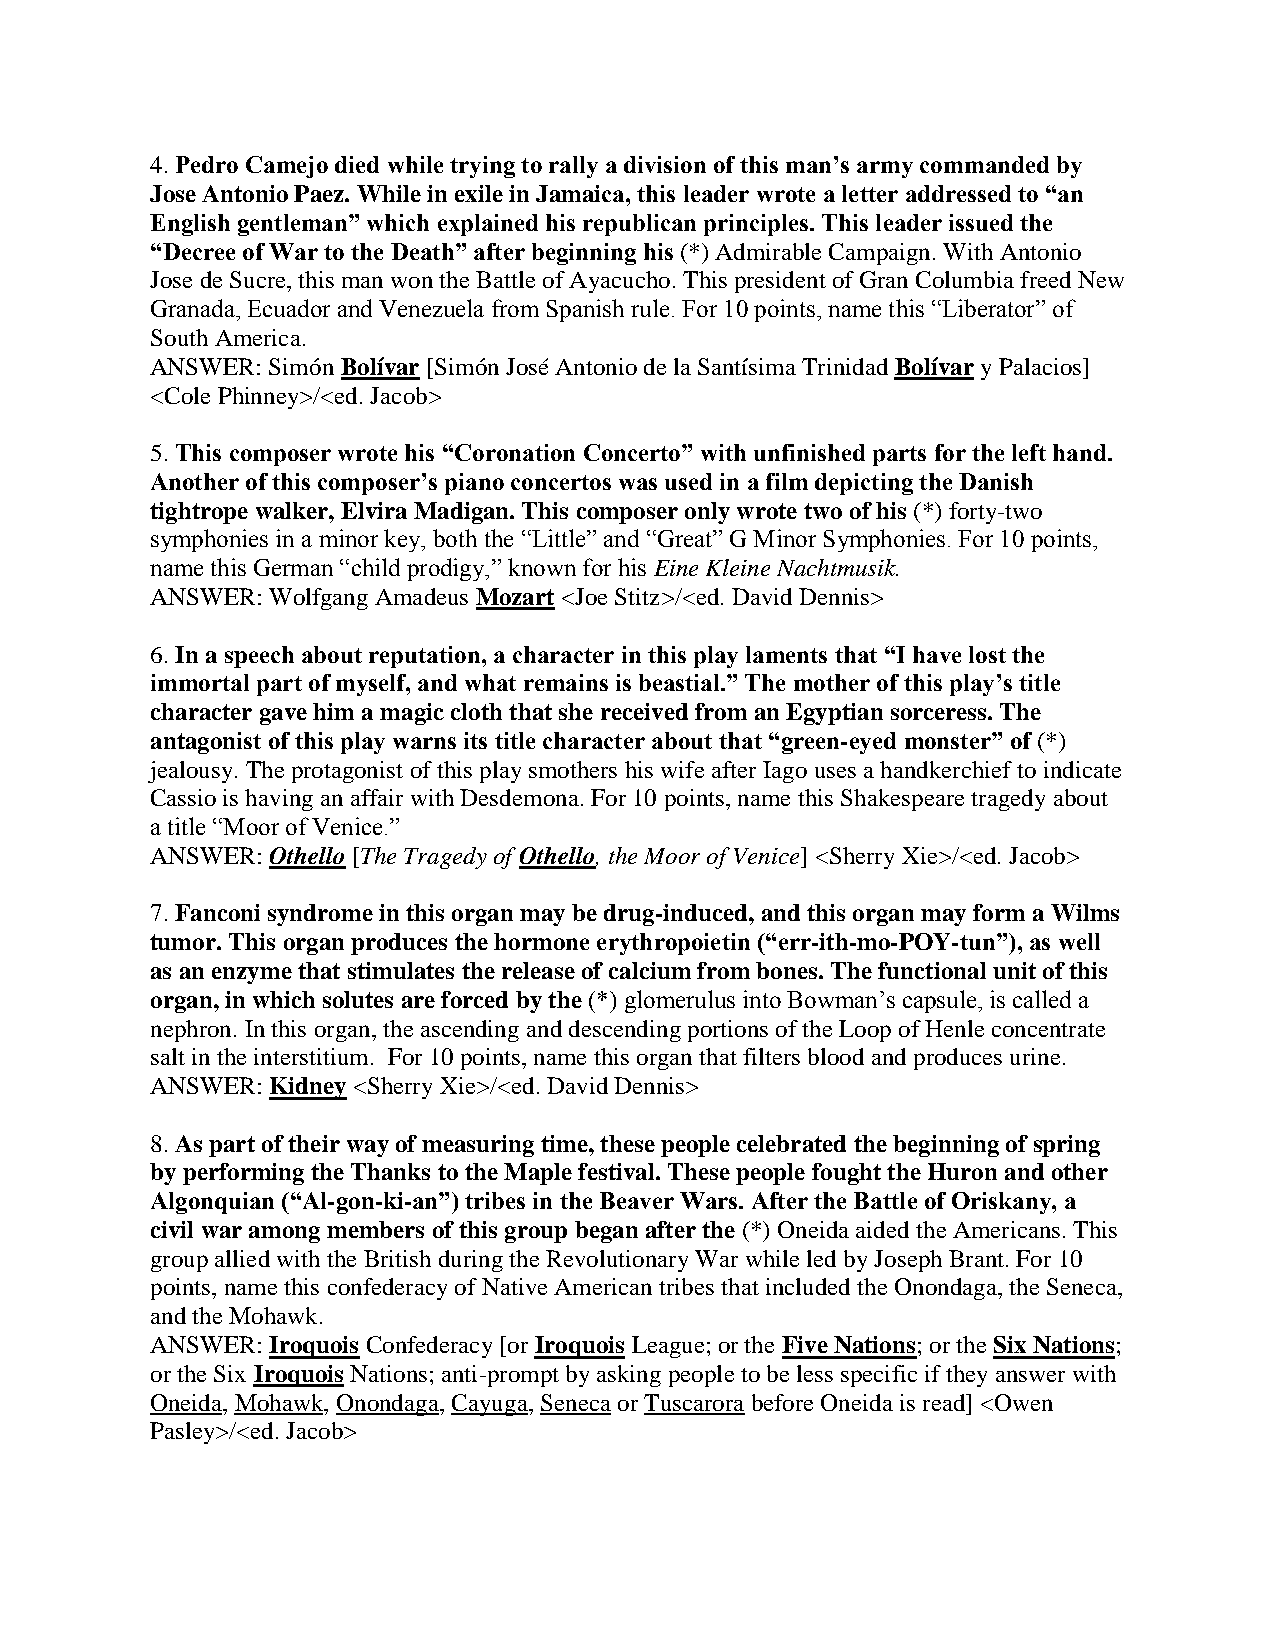
4. Pedro Camejo died while trying to rally a division of this man’s army commanded by
 Jose Antonio Paez. While in exile in Jamaica, this leader wrote a letter addressed to “an
 English gentleman” which explained his republican principles. This leader issued the
 “Decree of War to the Death” after beginning his (*) Admirable Campaign. With Antonio
 Jose de Sucre, this man won the Battle of Ayacucho. This president of Gran Columbia freed New
 Granada, Ecuador and Venezuela from Spanish rule. For 10 points, name this “Liberator” of
 South America.
 ANSWER: Simón Bolívar [Simón José Antonio de la Santísima Trinidad Bolívar y Palacios]
 <Cole Phinney>/<ed. Jacob>
 5. This composer wrote his “Coronation Concerto” with unfinished parts for the left hand.
 Another of this composer’s piano concertos was used in a film depicting the Danish
 tightrope walker, Elvira Madigan. This composer only wrote two of his (*) forty-two
 symphonies in a minor key, both the “Little” and “Great” G Minor Symphonies. For 10 points,
 name this German “child prodigy,” known for his Eine Kleine Nachtmusik.
 ANSWER: Wolfgang Amadeus Mozart <Joe Stitz>/<ed. David Dennis>
 6. In a speech about reputation, a character in this play laments that “I have lost the
 immortal part of myself, and what remains is beastial.” The mother of this play’s title
 character gave him a magic cloth that she received from an Egyptian sorceress. The
 antagonist of this play warns its title character about that “green-eyed monster” of (*)
 jealousy. The protagonist of this play smothers his wife after Iago uses a handkerchief to indicate
 Cassio is having an affair with Desdemona. For 10 points, name this Shakespeare tragedy about
 a title “Moor of Venice.”
 ANSWER: Othello [The Tragedy of Othello, the Moor of Venice] <Sherry Xie>/<ed. Jacob>
 7. Fanconi syndrome in this organ may be drug-induced, and this organ may form a Wilms
 tumor. This organ produces the hormone erythropoietin (“err-ith-mo-POY-tun”), as well
 as an enzyme that stimulates the release of calcium from bones. The functional unit of this
 organ, in which solutes are forced by the (*) glomerulus into Bowman’s capsule, is called a
 nephron. In this organ, the ascending and descending portions of the Loop of Henle concentrate
 salt in the interstitium. For 10 points, name this organ that filters blood and produces urine.
 ANSWER: Kidney <Sherry Xie>/<ed. David Dennis>
 8. As part of their way of measuring time, these people celebrated the beginning of spring
 by performing the Thanks to the Maple festival. These people fought the Huron and other
 Algonquian (“Al-gon-ki-an”) tribes in the Beaver Wars. After the Battle of Oriskany, a
 civil war among members of this group began after the (*) Oneida aided the Americans. This
 group allied with the British during the Revolutionary War while led by Joseph Brant. For 10
 points, name this confederacy of Native American tribes that included the Onondaga, the Seneca,
 and the Mohawk.
 ANSWER: Iroquois Confederacy [or Iroquois League; or the Five Nations; or the Six Nations;
 or the Six Iroquois Nations; anti-prompt by asking people to be less specific if they answer with
 Oneida, Mohawk, Onondaga, Cayuga, Seneca or Tuscarora before Oneida is read] <Owen
 Pasley>/<ed. Jacob>